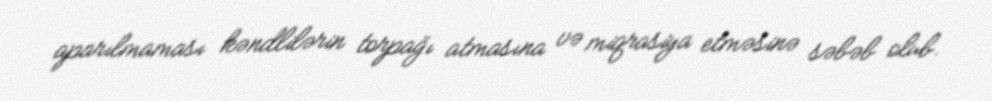
aparılmaması kəndlilərin torpağı atmasına və miqrasiya etməsinə səbəb olub.